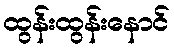
ထွန်းထွန်းနောင်